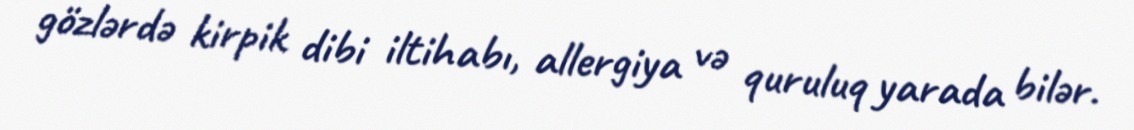
gözlərdə kirpik dibi iltihabı, allergiya və quruluq yarada bilər.